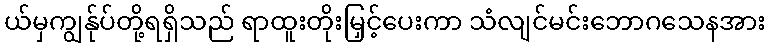
ယ်မှကျွန်ုပ်တို့ရရှိသည် ရာထူးတိုးမြှင့်ပေးကာ သံလျင်မင်းဘောဂသေနအား